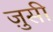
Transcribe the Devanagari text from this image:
ज़ुसी